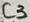
Text: C3